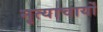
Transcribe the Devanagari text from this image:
नृत्याचार्यों